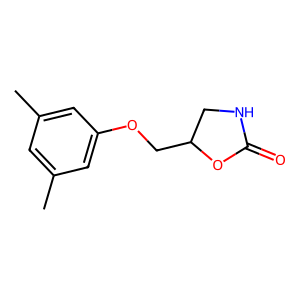
SMILES: Cc1cc(C)cc(OCC2CNC(=O)O2)c1
Inhibits HIV replication: No